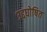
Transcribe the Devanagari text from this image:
उद्दघोषित